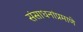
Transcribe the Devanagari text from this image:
संसाधनांप्रमाणे